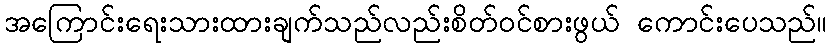
အကြောင်းရေးသားထားချက်သည်လည်းစိတ်ဝင်စားဖွယ် ကောင်းပေသည်။